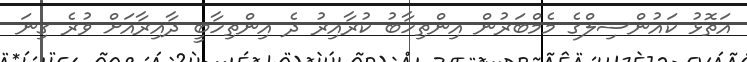
އަތޮޅު ކައުންސިލްގެ މެމްބަރުން އިންތިހާބު ކުރާއިރު ދެ އިންތިހާބީ ދާއިރާއަށް ވުރެ ގިނަ